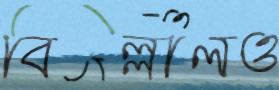
বিল্লালও